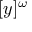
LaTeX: [ y ] ^ { \omega }